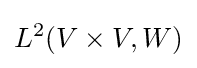
L^{2}(V\times V,W)